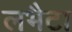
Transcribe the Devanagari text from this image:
लभैटा